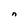
Character: n